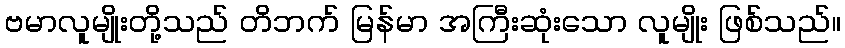
ဗမာလူမျိုးတို့သည် တိဘက် မြန်မာ အကြီးဆုံးသော လူမျိုး ဖြစ်သည်။